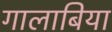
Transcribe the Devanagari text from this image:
गालाबिया